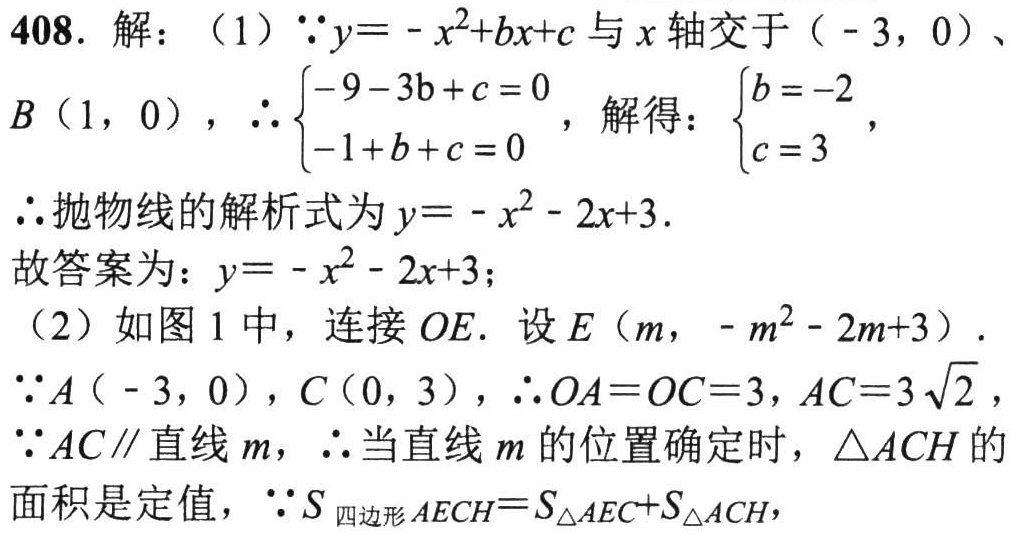
408. 解：（1）$\because y = -x^{2}+bx + c$与$x$轴交于$(-3,0)$、
$B(1,0)$，$\therefore \begin{cases}-9 - 3b + c = 0\\-1 + b + c = 0\end{cases}$，解得：$\begin{cases}b = -2\\c = 3\end{cases}$，
$\therefore$抛物线的解析式为$y = -x^{2}-2x + 3$.
故答案为：$y = -x^{2}-2x + 3$；
（2）如图1中，连接$OE$. 设$E(m,-m^{2}-2m + 3)$.
$\because A(-3,0)$，$C(0,3)$，$\therefore OA = OC = 3$，$AC = 3\sqrt{2}$，
$\because AC\parallel$直线$m$，$\therefore$当直线$m$的位置确定时，$\triangle ACH$的
面积是定值，$\because S_{四边形AECH}=S_{\triangle AEC}+S_{\triangle ACH}$，